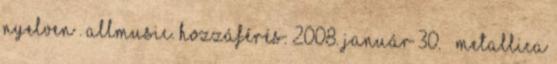
nyelven . Allmusic. Hozzáférés: 2008. január 30. ↑ Metallica